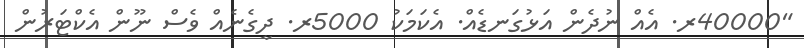
"40000ރ. އެއް ނުދެން އަޅުގަނޑެއް. އެކަމަކު 5000ރ. ދީގެނެއް ވެސް ނޫން އެކްޓަރުން